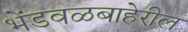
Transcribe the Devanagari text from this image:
भेंडवळबाहेरील